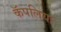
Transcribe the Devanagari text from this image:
कॅपलिया